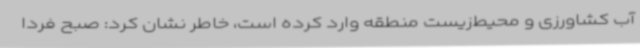
آب کشاورزی و محیط‌زیست منطقه وارد کرده است، خاطر نشان کرد: صبح فردا